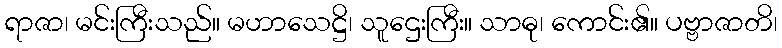
ရာဇာ၊ မင်းကြီးသည်။ မဟာသေဋ္ဌိ၊ သူဌေးကြီး။ သာဓု၊ ကောင်း၏။ ပဗ္ဗာဇာတိ၊